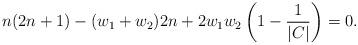
LaTeX: \begin{align*} n(2n+1)-(w_1+w_2)2n+2w_1w_2\left(1-\frac{1}{|C|}\right)=0.\end{align*}